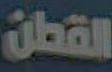
القطن